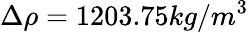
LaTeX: \Delta\rho=1203.75kg/m^{3}